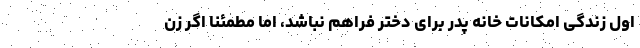
اول زندگی امکانات خانه پدر برای دختر فراهم نباشد، اما مطمئنا اگر زن